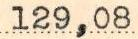
129,08